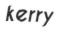
kerry